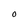
Character: O